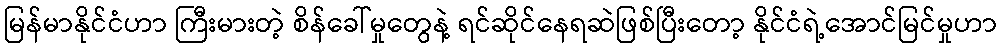
မြန်မာနိုင်ငံဟာ ကြီးမားတဲ့ စိန်ခေါ်မှုတွေနဲ့ ရင်ဆိုင်နေရဆဲဖြစ်ပြီးတော့ နိုင်ငံရဲ့အောင်မြင်မှုဟာ